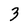
Character: 3